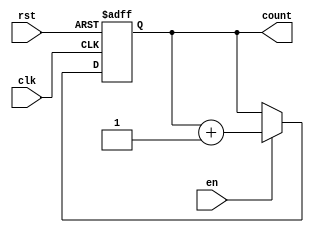
module synchronous_counter #(
    parameter WIDTH = 3  // Define the width of the counter (number of bits)
)(
    input wire clk,      // Clock input
    input wire rst,      // Reset input (active high)
    input wire en,       // Enable input
    output reg [WIDTH-1:0] count // Count output
);

// Synchronous reset and counting logic
always @(posedge clk or posedge rst) begin
    if (rst) begin
        count <= 0; // Reset the counter to 0
    end else if (en) begin
        count <= count + 1; // Increment the counter
    end
end

endmodule